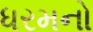
ધરમનો